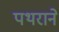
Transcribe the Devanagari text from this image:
पथराने